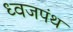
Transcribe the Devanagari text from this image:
ध्वजपंथ